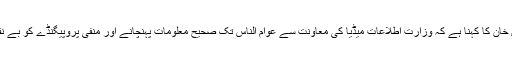
جبکہ دوسری جانب ایک خبر کے مطابق وزیراعظم عمران خان کا کہنا ہے کہ وزارت اطلاعات میڈیا کی معاونت سے عوام الناس تک صحیح معلومات پہنچانے اور منفی پروپیگنڈے کو بے نقاب کرنے میں اپنا کردار مزید مؤثر طریقے سے ادا کرے۔